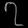
Digit: ၇